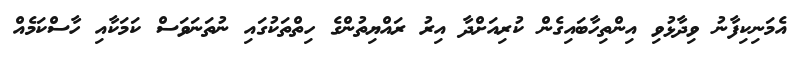
އެމަނިކިފާނު ވިދާޅުވި އިންތިހާބައިގެން ކުރިއަށްދާ އިރު ރައްޔިތުންގެ ހިތްތަކުގައި ނުތަނަވަސް ކަމަކާއި ހާސްކަމެއް